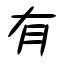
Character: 有